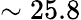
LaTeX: \sim 25.8